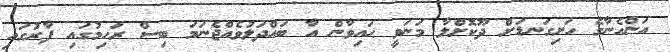
އަންހެނާގެ ހަށިގަނޑަށް ދޫކޮށްލާ މަނަވީ ޙައިވާން އާ ބައްދަލުވެއްޖެނަމަ ބިސް ރަހިމުގައި ފާރުގައި